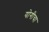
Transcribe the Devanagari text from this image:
योगीचा